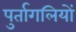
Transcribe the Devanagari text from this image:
पुर्तागलियों